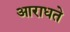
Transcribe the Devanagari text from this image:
आराधते